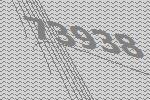
73938